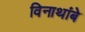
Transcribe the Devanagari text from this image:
विनाथांबे